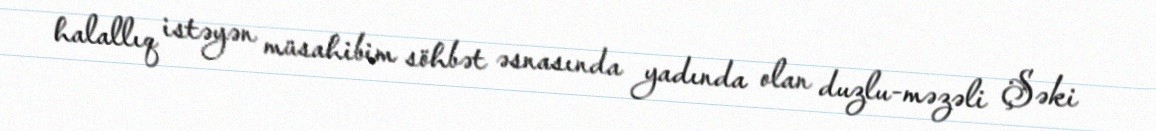
halallıq istəyən müsahibim söhbət əsnasında yadında olan duzlu-məzəli Şəki